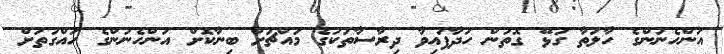
އަންހެނުންގެ ހާލަތާ ގުޅޭ ގޮތުން ހަދާފައިވާ ދިރާސާތަކުގެ މައްޗަށް ބިނާކޮށް އަންހެނުންގެ ހައްގުތަށް